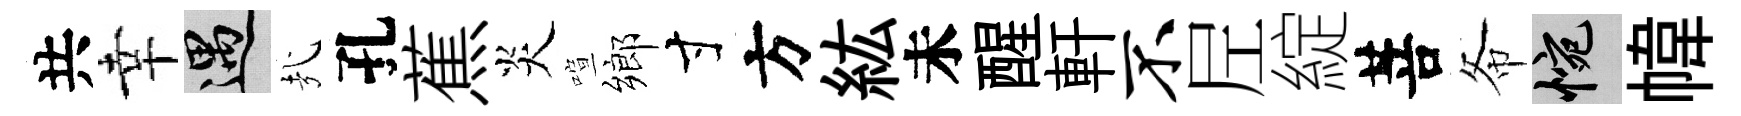
共幸遇㢤孔蕉炎喧鄉寸方紘未醒軒不𡰱綻菩𢁙惋幃